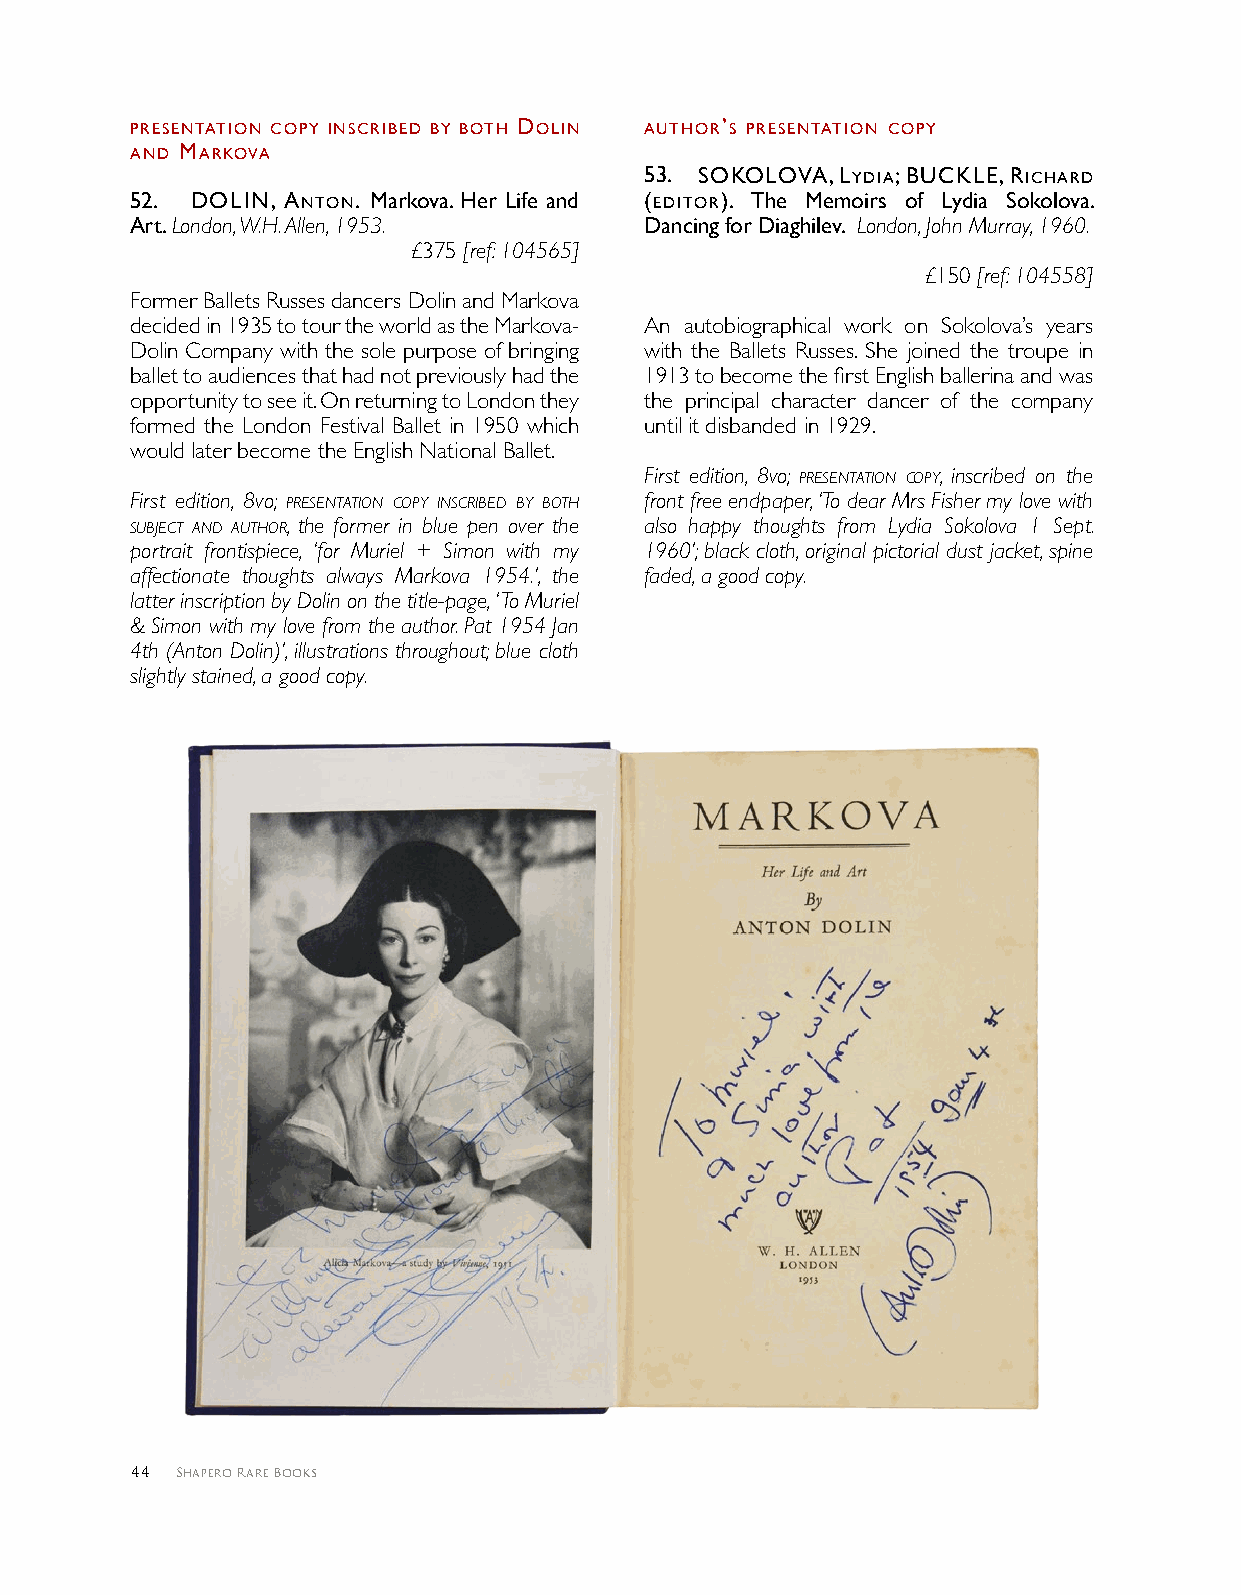
PreSeNTATIoN coPY INScrIbed bY boTH dolIN AUTHor’S PreSeNTATIoN coPY
 ANd MArKoVA
 5 3 . SoKoloVA, lYdIA; bUcKle, rIcHArd
 5 2 . dolIN, ANToN. Markova. Her Life and (edITor). The Memoirs of Lydia Sokolova.
 Art. London, W.H. Allen, 1953.    Dancing for Diaghilev. London, John Murray, 1960.
 £375 [ref: 104565]
 £150 [ref: 104558]
 Former Ballets Russes dancers Dolin and Markova
 decided in 1935 to tour the world as the Markova- An autobiographical work on Sokolova’s years
 Dolin Company with the sole purpose of bringing with the Ballets Russes. She joined the troupe in
 ballet to audiences that had not previously had the 1913 to become the first English ballerina and was
 opportunity to see it. On returning to London they the principal character dancer of the company
 formed the London Festival Ballet in 1950 which until it disbanded in 1929.
 would later become the English National Ballet.
 First edition, 8vo; presentation copy, inscribed on the
 First edition, 8vo; presentation copy inscribed by both front free endpaper, ‘To dear Mrs Fisher my love with
 subject and author, the former in blue pen over the also happy thoughts from Lydia Sokolova 1 Sept.
 portrait frontispiece, ‘for Muriel + Simon with my 1960’; black cloth, original pictorial dust jacket, spine
 affectionate thoughts always Markova 1954.’, the faded, a good copy.
 latter inscription by Dolin on the title-page, ‘ To Muriel
 & Simon with my love from the author. Pat 1954 Jan
 4th (Anton Dolin)’, illustrations throughout; blue cloth
 slightly stained, a good copy.
 44 Shapero Rare Books